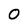
Character: 0